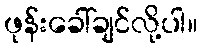
ဖုန်းခေါ်ချင်လို့ပါ။